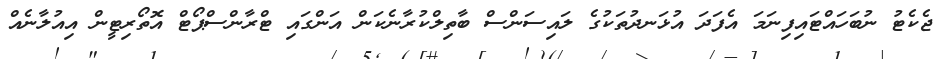
ޖެކެޓު ނުބަހައްޓައިފިނަމަ އެފަދަ އުޅަނދުތަކުގެ ލައިސަންސް ބާތިލްކުރާނެކަން އަންގައި ޓްރާންސްޕޯޓް އޮތޯރިޓީން އިއުލާނެއް